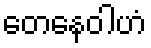
တေနေဝါဟံ